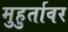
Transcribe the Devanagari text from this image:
मुहुर्तावर